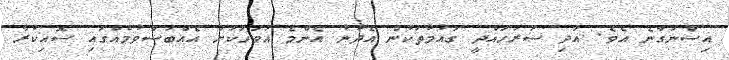
އިސްނަގާނެ އެވެ. އަދި ސަރަހައްދީ ގައުމުތަކުން އެދުނު އެންމެ އަވަހަކަށް އެއްބަސްވުމެއްގައި ސޮއިކުރާ